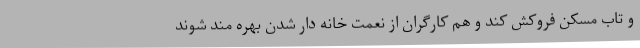
و تاب مسکن فروکش کند و هم کارگران از نعمت خانه دار شدن بهره مند شوند